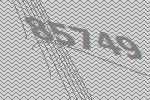
85749